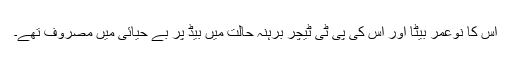
اس کا نوعمر بیٹا اور اُس کی پی ٹی ٹیچر برہنہ حالت میں بیڈ پر بے حیائی میں مصروف تھے۔